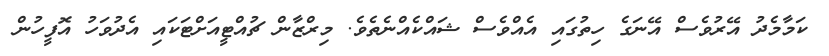
ކަމާމެދު އޭރުވެސް އޭނަގެ ހިތުގައި އެއްވެސް ޝައްކެއްނެތެވެ. މިރްޒާން ޗުއްޓީއަށްޓަކައި އެދުވަހު އޮފީހުން